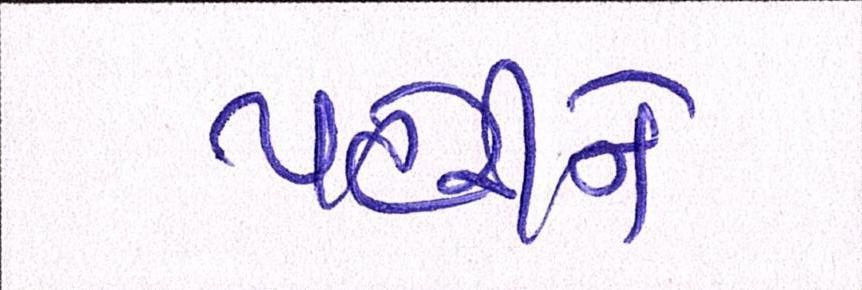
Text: પહેરીને